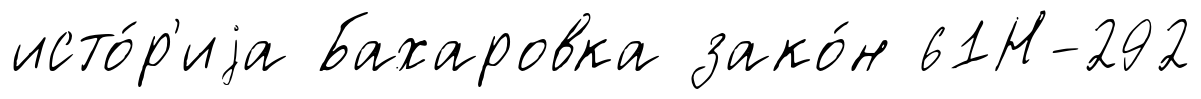
исто́р'иjа Бахаровка зако́н 61Н-292